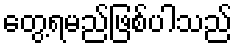
တွေ့ရမည်ဖြစ်ပါသည်